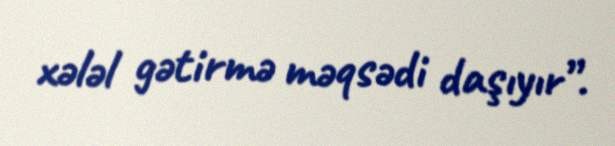
xələl gətirmə məqsədi daşıyır”.